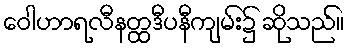
ဝေါဟာရလီနတ္ထဒီပနီကျမ်း၌ ဆိုသည်။